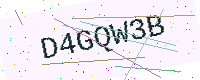
Text: D4GQW3B